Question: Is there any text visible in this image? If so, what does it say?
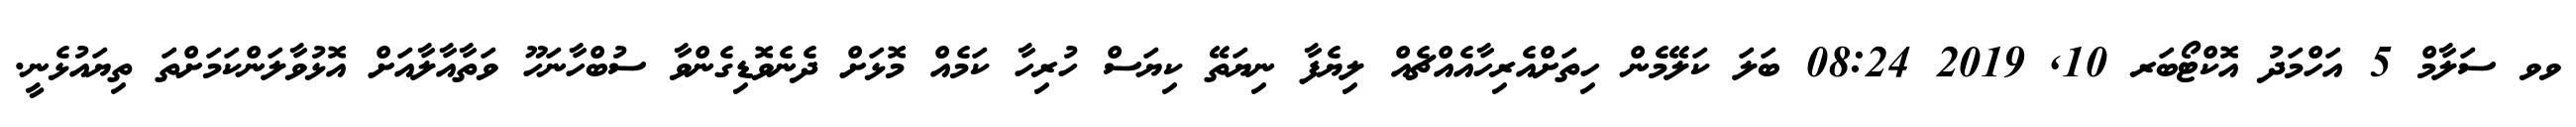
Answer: ވވ ސަލާމް 5 އަހްމަދު އޮކްޓޯބަރ 10, 2019 08:24 ބަލަ ކަލޭމެން ހިތަށްއެރިހާއެއްޗެއް ލިޔެފާ ނިޔަތޭ ކިޔަސް ހުރިހާ ކަމެއް މޮޅަށް ދެނެވޮޑިގެންވާ ސުބްހާނަހޫ ވަތާއާލާއަށް އޮޅުވާލަންކަމަށްތަ ތިޔައުޅެނީ.